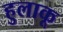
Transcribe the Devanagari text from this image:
हुलाकू